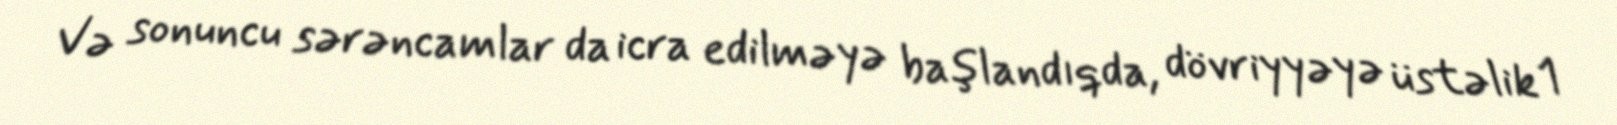
Və sonuncu sərəncamlar da icra edilməyə başlandıqda, dövriyyəyə üstəlik 1